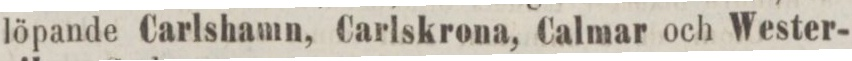
löpande Carlshamn, Carlskrona, Calmar och Wester-